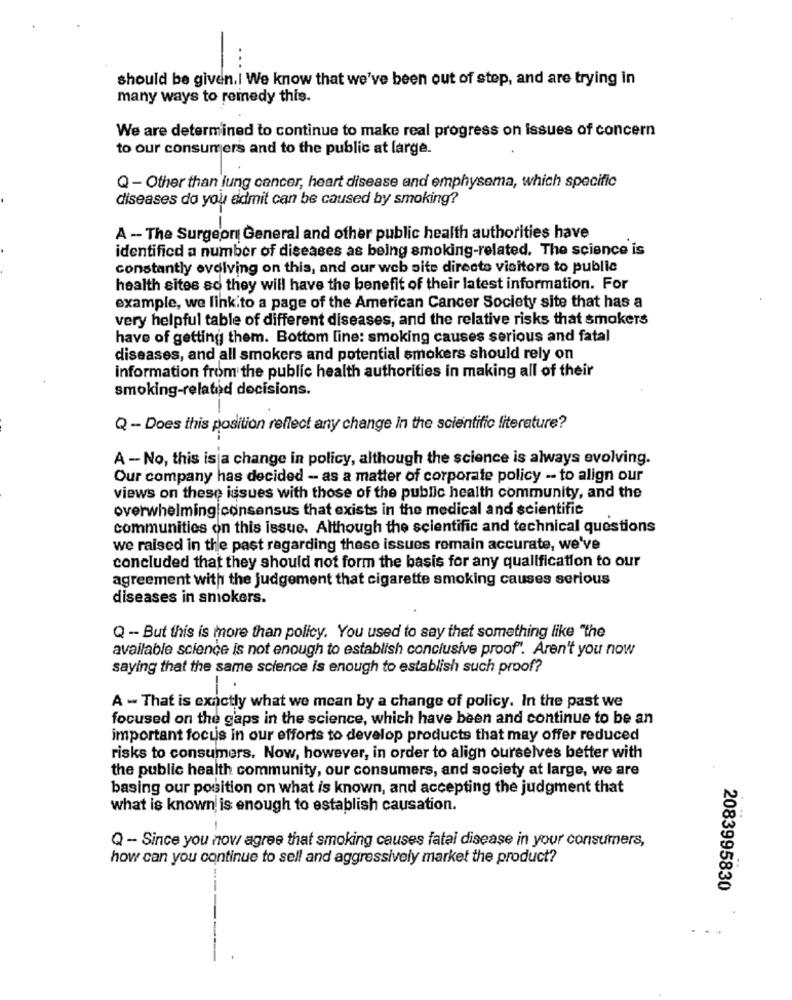
should be given.| We know that we've been out of step, and are trying in
many ways to remedy this.
We are determined to continue to make real progress on issues of concern
to our consumers and to the public at large.
Q - Other than lung cancer, heart disease and emphysema, which specific
diseases do you admit can be caused by smoking?
A - The Surgeon General and other public health authorities have
identificd a number of diseases as being smoking-related. The science is
constantly evolving on this, and our web site directo visitors to public
health sites so they will have the benefit of their latest information. For
example, we link to a page of the American Cancer Society site that has a
very helpful table of different diseases, and the relative risks that smokers
have of getting them. Bottom line: smoking causes serious and fatal
diseases, and all smokers and potential smokers should rely on
information from the public health authorities in making all of their
smoking-related docisions.
Q - Does this position reflect any change In the scientific literature?
A - No, this is a change in policy, although the science is always evolving.
Our company has decided - as a matter of corporate policy -- to align our
views on these issues with those of the public health community, and the
overwhelming consensus that exists in the medical and scientific
communities on this issue. Although the scientific and technical questions
we raised in the past regarding these issues remain accurate, we've
concluded that they should not form the basis for any qualification to our
agreement with the judgement that cigarette smoking causes serious
diseases in smokers.
Q -- But this is more than policy. You used to say that something like "the
available science is not enough to establish conclusive proof". Aren't you now
saying that the same science is enough to establish such proof?
A - That is exactly what we mean by a change of policy. In the past we
focused on the gaps in the science, which have been and continue to be an
important focus in our efforts to develop products that may offer reduced
risks to consumers. Now, however, in order to align ourselves better with
the public health community, our consumers, and society at large, we are
basing our position on what is known, and accepting the judgment that
what is known, is enough to establish causation.
Q - Since you now agree that smoking causes fatal disease in your consumers,
how can you continue to sell and aggressively market the product?
2083995830